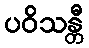
ပဝိသန္တီ